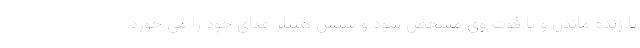
تا زنده ماندن و یا فوت وی مشخص شود و سپس هیتلر غذای خود را می خورد.